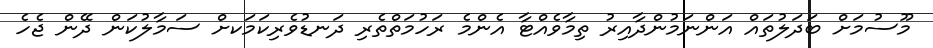
މޫސުމަށް ބަދަލުތައް އަންނަމުންދާއިރު ތިމާވެއްޓާ އެންމެ ރަހުމަތްތެރި ދަނޑުވެރިކަމަކށް ސަމާލުކަން ދޭން ޖެހެ